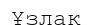
Ұзлақ